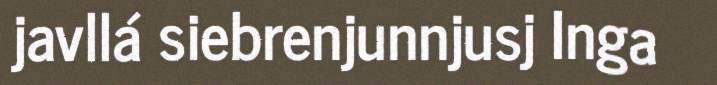
javllá siebrenjunnjusj Inga